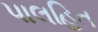
પાલહિત